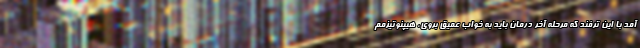
آمد با این ترفند که مرحله آخر درمان باید به خواب عمیق بروی، هیپنوتیزمم